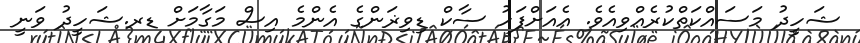
ޝަހީދު މަސައްކަތްކުރެއްވިއެވެ. އެއަށްފަހު ސާކް ޑިވިޜަންގެ އެންމެ އިސް މަގާމަށް ޑރ.ޝަހީދު ވަނީ